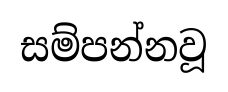
සම්පන්නවූ